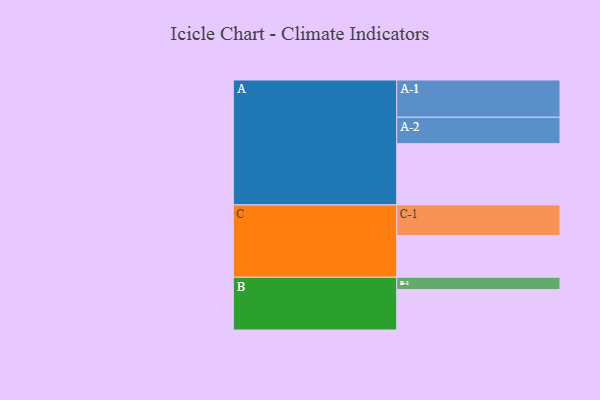
{"axis": {"x": "Segment", "y": "Value"}, "legend": ["", "A", "B", "C"], "data": [{"x": "A", "y": 459, "type": ""}, {"x": "B", "y": 303, "type": ""}, {"x": "C", "y": 313, "type": ""}, {"x": "A-1", "y": 279, "type": "A"}, {"x": "A-2", "y": 198, "type": "A"}, {"x": "B-1", "y": 92, "type": "B"}, {"x": "C-1", "y": 229, "type": "C"}]}